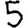
Digit: 5